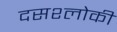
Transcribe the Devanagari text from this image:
दसश्लोकी